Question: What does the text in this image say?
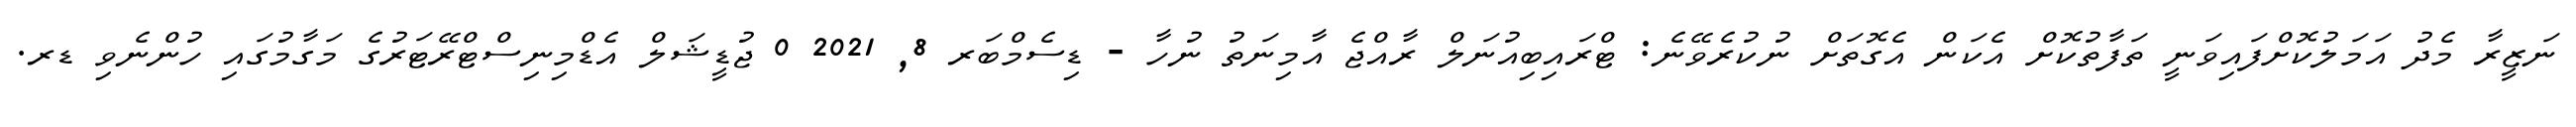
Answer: ނަޒީރާ މެދު އަމަލުކޮށްފައިވަނީ ތަފާތުކޮށް އެކަން އެގޮތަށް ނުކުރެވޭނެ: ޓްރައިބިއުނަލް ރާއްޖެ އާމިނަތު ނުހާ - ޑިސެމްބަރ 8, 2021 0 ޖުޑީޝަލް އެޑްމިނިސްޓްރޭޓަރުގެ މަގާމުގައި ހުންނެވި ޑރ.